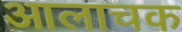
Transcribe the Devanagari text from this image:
आलाचक